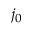
j _ { 0 }